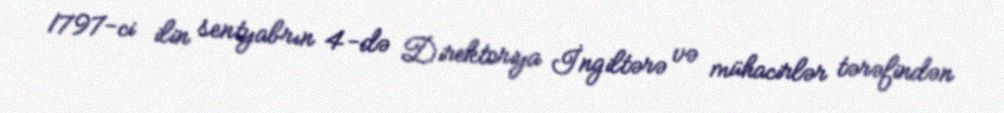
1797-ci ilin sentyabrın 4-də Direktoriya İngiltərə və mühacirlər tərəfindən